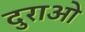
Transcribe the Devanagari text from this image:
दुराओ